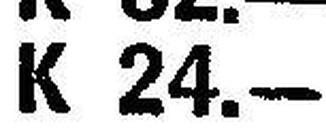
K 24.—